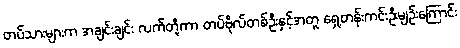
တပ်သားများက အချင်းချင်း လက်တို့ကာ တပ်ဗိုလ်တစ်ဦးနှင့်အတူ ရှေ့တန်းကင်းဦးမျဉ်းကြောင်း